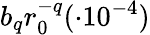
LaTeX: b_{q}r_{0}^{-q}(\cdot 10^{-4})